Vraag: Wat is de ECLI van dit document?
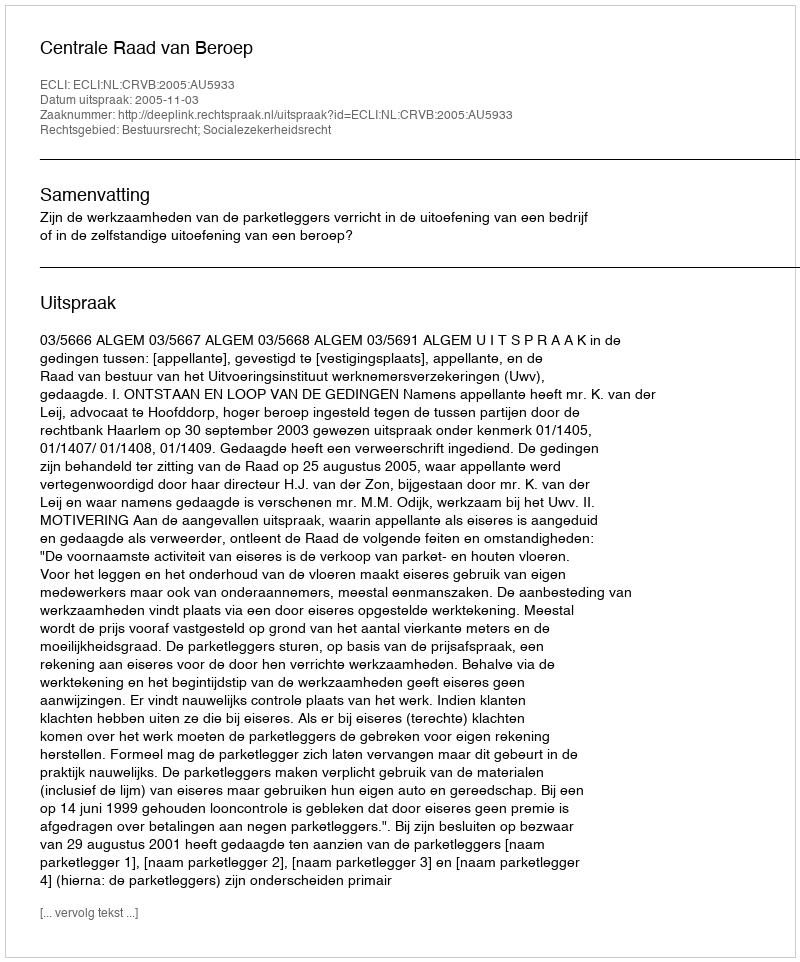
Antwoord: ECLI:NL:CRVB:2005:AU5933